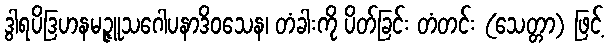
ဒွါရပိဒြဟနမဉ္ဇူသဂေါပနာဒိဝသေန၊ တံခါးကို ပိတ်ခြင်း တံတင်း (သေတ္တာ) ဖြင့်